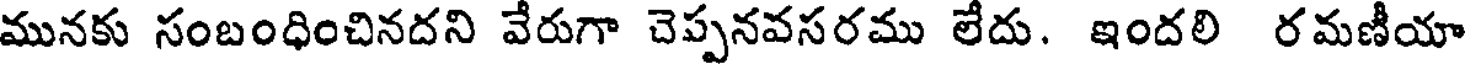
మునకు సంబంధించినదని వేరుగా చెప్పనవసరము లేదు. ఇందలి రమణీయా